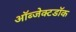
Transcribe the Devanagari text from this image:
ऑब्जेक्टडॉक